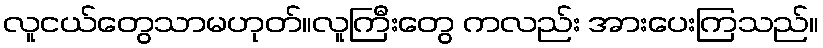
လူငယ်တွေသာမဟုတ်။လူကြီးတွေ ကလည်း အားပေးကြသည်။